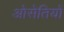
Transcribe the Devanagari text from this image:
ओसेतियों